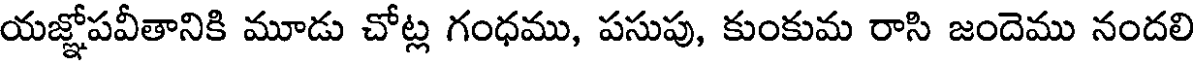
యజ్ఞోపవీతానికి మూడు చోట్ల గంధము, పసుపు, కుంకుమ రాసి జందెము నందలి